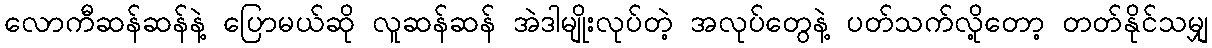
လောကီဆန်ဆန်နဲ့ ပြောမယ်ဆို လူဆန်ဆန် အဲဒါမျိုးလုပ်တဲ့ အလုပ်တွေနဲ့ ပတ်သက်လို့တော့ တတ်နိုင်သမျှ